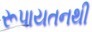
રૂપાયતનથી